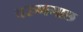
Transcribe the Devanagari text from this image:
वरुणगाछ